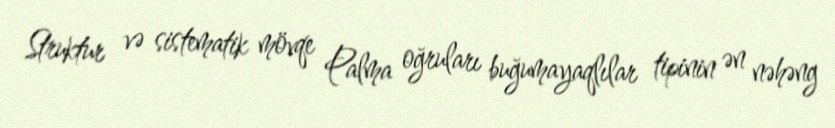
Struktur və sistematik mövqe Palma oğruları buğumayaqlılar tipinin ən nəhəng